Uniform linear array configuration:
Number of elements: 16
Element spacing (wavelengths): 0.5
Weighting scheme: binomial
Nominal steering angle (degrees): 60
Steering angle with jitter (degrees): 58.984
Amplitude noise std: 0.05
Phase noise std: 0.05

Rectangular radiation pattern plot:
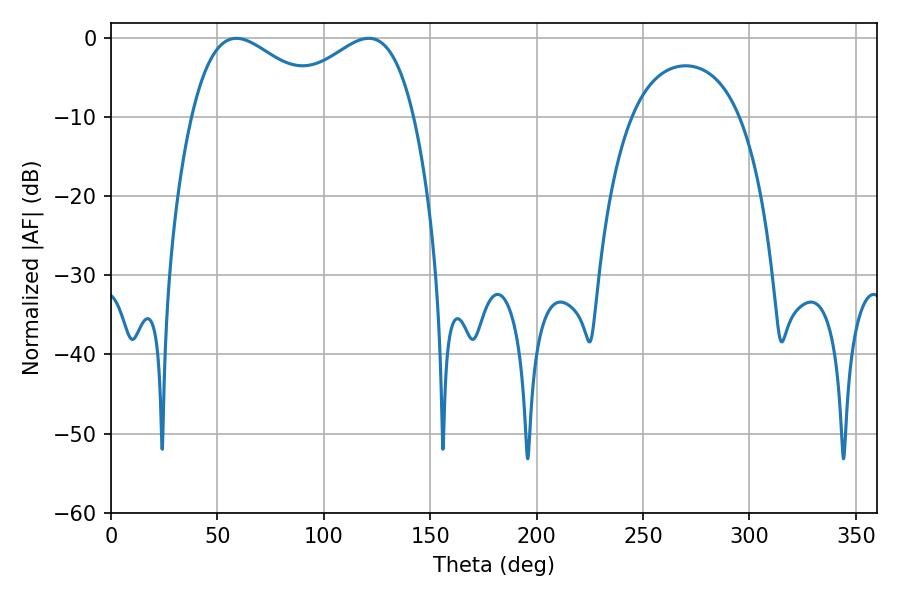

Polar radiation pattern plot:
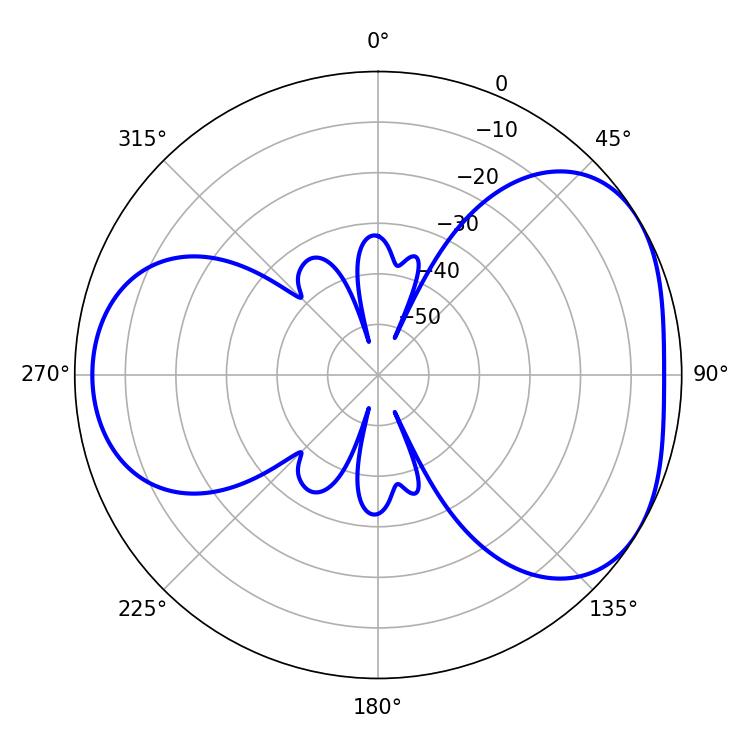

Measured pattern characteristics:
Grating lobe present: FALSE
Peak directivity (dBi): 4.175
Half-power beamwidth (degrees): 35.64
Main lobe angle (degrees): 58.86